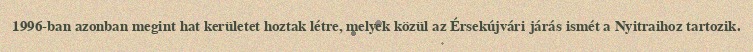
1996-ban azonban megint hat kerületet hoztak létre, melyek közül az Érsekújvári járás ismét a Nyitraihoz tartozik.